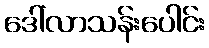
ဒေါ်လာသန်းပေါင်း